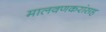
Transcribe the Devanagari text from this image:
मालवणकरांसह